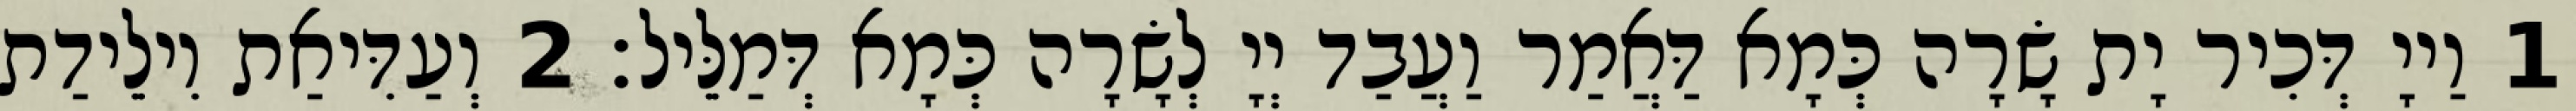
1 וַייָ דְּכִיר יָת שָׂרָה כְּמָא דַּאֲמַר וַעֲבַד יְיָ לְשָׂרָה כְּמָא דְּמַלֵּיל׃ 2 וְעַדִּיאַת וִילֵידַת